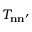
T _ { \mathbf { n } \mathbf { n } ^ { \prime } }